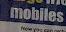
mobiles